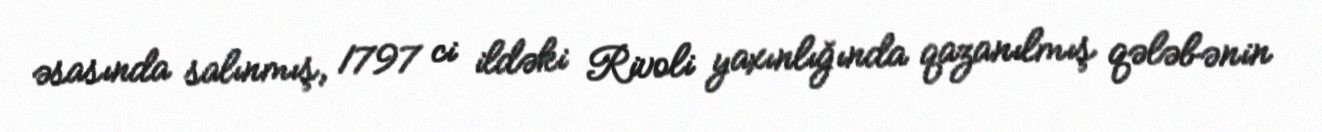
əsasında salınmış, 1797 ci ildəki Rivoli yaxınlığında qazanılmış qələbənin